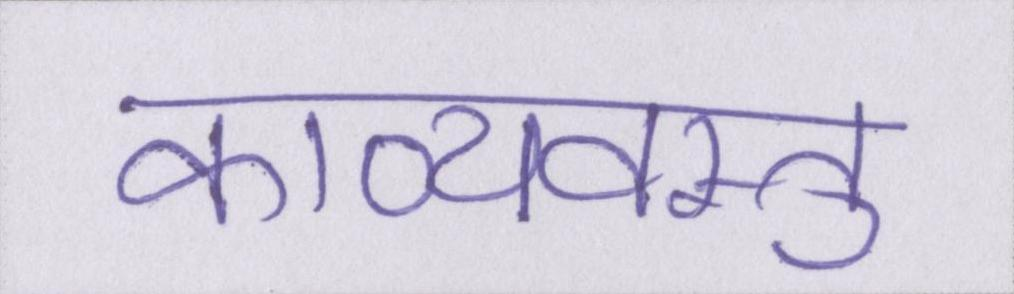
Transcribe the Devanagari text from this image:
काव्यवस्तु